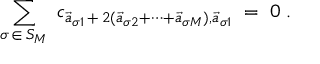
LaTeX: \sum _ { \sigma \, \in \, S _ { M } } \; c _ { \vec { a } _ { \sigma 1 } \, + \, 2 ( \vec { a } _ { \sigma 2 } + \cdots + \vec { a } _ { \sigma M } ) , \vec { a } _ { \sigma 1 } } \; = \; 0 \; .